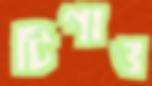
টিপাও